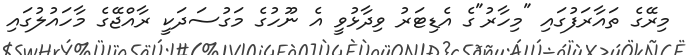
މިރޭގެ ތައާރަފުގައި "މިހާރު"ގެ އެޑިޓަރު ވިދާޅުވީ އެ ނޫހުގެ މަގުސަދަކީ ރާއްޖޭގެ މާހައުލުގައި